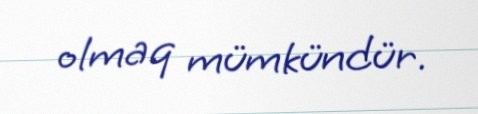
olmaq mümkündür.